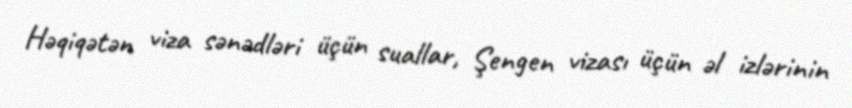
Həqiqətən viza sənədləri üçün suallar, Şengen vizası üçün əl izlərinin